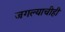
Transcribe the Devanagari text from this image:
जगल्याचीही